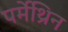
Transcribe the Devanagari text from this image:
पर्मेथ्रिन